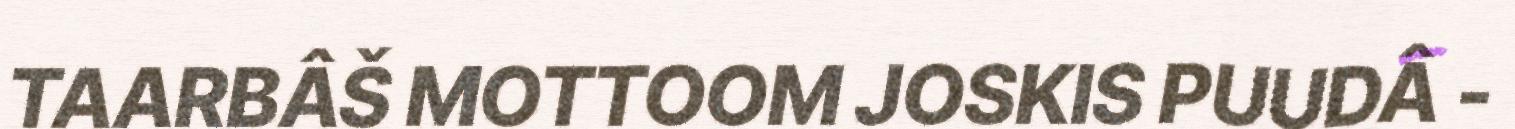
TAARBÂŠ MOTTOOM JOSKIS PUUDÂ -